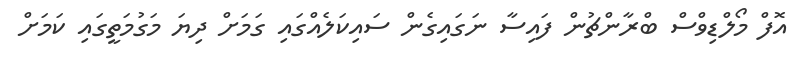
އޮފް މޯލްޑިވްސް ބްރާންޗުން ފައިސާ ނަގައިގެން ސައިކަލެއްގައި ގަމަށް ދިޔަ މަގުމަތީގައި ކަމަށް